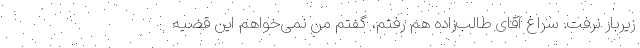
زیربار نرفت. سراغ آقای طالب‌زاده هم رفتم، گفتم من نمی‌خواهم این قضیه